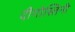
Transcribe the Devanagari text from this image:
दीगोस्तिनी